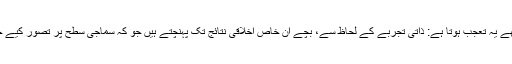
گروپ کی نفسیات سے متعلق مجھے یہ تعجب ہوتا ہے: ذاتی تجربے کے لحاظ سے، بچے ان خاص اخلاقی نتائج تک پہنچتے ہیں جو کہ سماجی سطح پر تصور کیے جانے والوں سے مختلف ہوتے ہیں۔